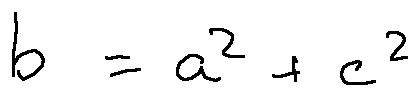
b = a ^ { 2 } + c ^ { 2 }